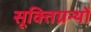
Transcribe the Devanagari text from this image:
सूक्तिग्रन्थों